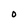
Character: O